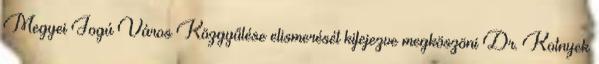
Megyei Jogú Város Közgyűlése elismerését kifejezve megköszöni Dr. Kotnyek